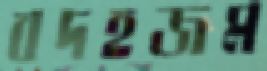
বদহজম